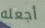
أجعله